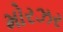
મોરઝર